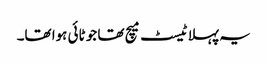
یہ پہلا ٹیسٹ میچ تھا جو ٹائی ہوا تھا۔